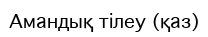
Амандық тілеу (қаз)